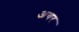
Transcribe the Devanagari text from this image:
अयर